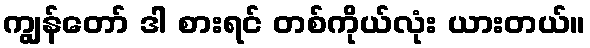
ကျွန်တော် ဒါ စားရင် တစ်ကိုယ်လုံး ယားတယ်။